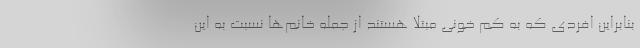
بنابراین افردی که به کم خونی مبتلا هستند از جمله خانم‌ها نسبت به این